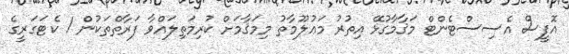
އޮފީސް އެސިސްޓެންޓް މަޤާމާގުޅޭ އިތުރު މަޢުލޫމާތު މިމަޤާމަށް ކުރިމަތިލައްވާ ފަރާތްތަކުން 1 ކެޓަގަރީގެ